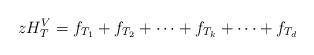
LaTeX: \begin{align*} zH_T^V = f_{T_1} + f_{T_2} + \cdots + f_{T_k} + \cdots + f_{T_d}\end{align*}